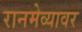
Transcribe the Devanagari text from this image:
रानमेव्यावर